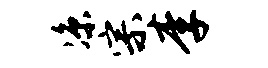
凉宗李